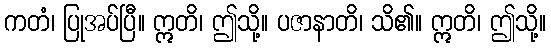
ကတံ၊ ပြုအပ်ပြီ။ ဣတိ၊ ဤသို့။ ပဇာနာတိ၊ သိ၏။ ဣတိ၊ ဤသို့။